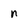
Character: n